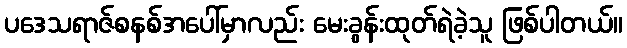
ပဒေသရာဇ်စနစ်အပေါ်မှာလည်း မေးခွန်းထုတ်ရဲခဲ့သူ ဖြစ်ပါတယ်။